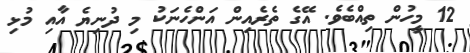
12 މީހުން ތިއްބެވެ. އޭގެ ތެރެއިން އަންހެނަކު މި ދުނިޔެ އާއި މުޅި